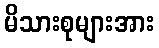
မိသားစုများအား